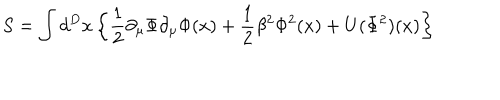
S = \int d ^ { D } x \left\{ \frac { 1 } { 2 } \partial _ { \mu } \Phi \partial _ { \mu } \Phi ( x ) + \frac { 1 } { 2 } \beta ^ { 2 } \Phi ^ { 2 } ( x ) + U ( \Phi ^ { 2 } ) ( x ) \right\}